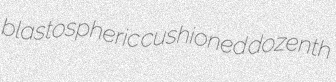
blastospheric cushioned dozenth